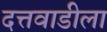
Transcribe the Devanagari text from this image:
दत्तवाडीला